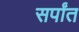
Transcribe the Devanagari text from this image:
सर्पांत